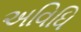
અવિધિ